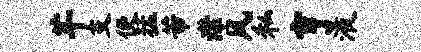
芊支便猛芾潸风私亨液